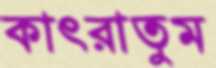
কাৎরাতুম